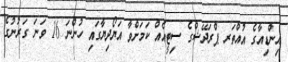
އިންޑިއާގެ އުއްތަރ ޕްރަދޭޝްގެ ސިޓީއެއް ކަމަށްވާ އަޔޯދިޔާގައި ހުންނަ 16 ވަނަ ގަރުނުގެ